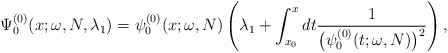
\begin{gather*} \Psi _{0}^{(0) }(x;\omega ,N,\lambda _{1})=\psi _{0}^{( 0) }(x;\omega ,N)\left( \lambda _{1}+\int_{x_{0}}^{x}dt\frac{1}{\big( \psi _{0}^{(0) }(t;\omega ,N)\big) ^{2}}\right) ,\end{gather*}